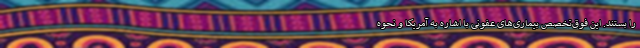
را بستند. این فوق‌تخصص بیماری‌های عفونی با اشاره به آمریکا و نحوه